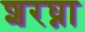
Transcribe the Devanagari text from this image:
शरघ्ना